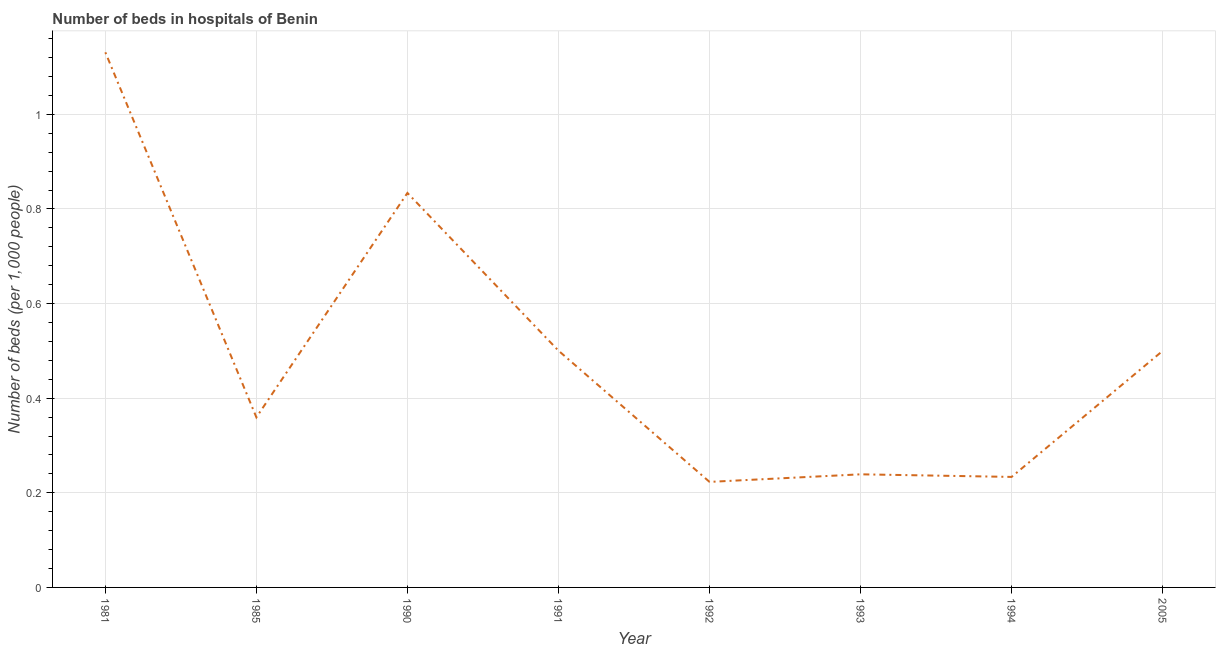
| Year | Hospital beds |
 | --- | --- |
 | 1981 | 1.13 |
 | 1985 | 0.36 |
 | 1990 | 0.834 |
 | 1991 | 0.501 |
 | 1992 | 0.223 |
 | 1993 | 0.239 |
 | 1994 | 0.234 |
 | 2005 | 0.5 |